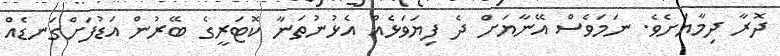
ދޮރާ ދިމާޔަށެވެ. ނަމަވެސް އޭނާޔަށް ދެ ފިޔަވަޅެއް އެޅުނުތަނާ ކޮޓަރީގެ ބޭރުން އަޑުފަށްގަނޑެއް